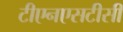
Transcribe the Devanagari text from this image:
टीएनएसटीसी